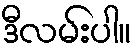
ဒီလမ်းပါ။